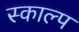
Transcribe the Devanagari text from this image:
स्काल्प